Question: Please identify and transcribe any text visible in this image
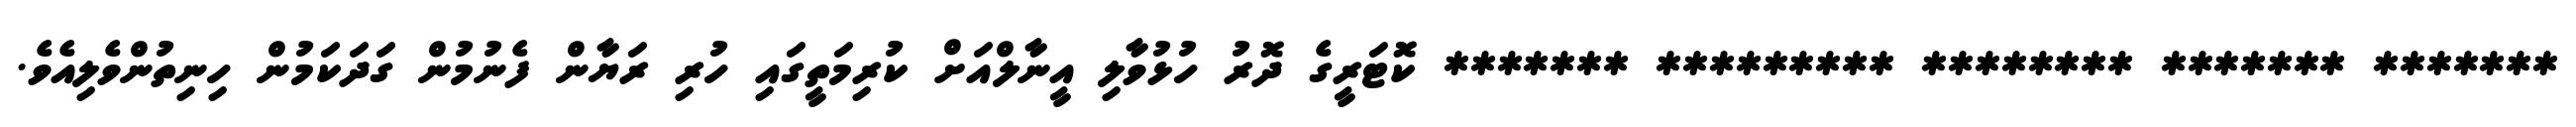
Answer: ******* ******* ******** ********* ******* ކޮޓަރީގެ ދޮރު ހުޅުވާލި އީނާލްއަށް ކުރިމަތީގައި ހުރި ރަޔާން ފެނުމުން ގަދަކަމުން ހިނިތުންވެލިއެވެ.